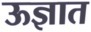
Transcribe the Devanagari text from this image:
ऊज्ञात